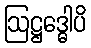
ဩဋ္ဌဒ္ဓေါပိ